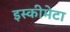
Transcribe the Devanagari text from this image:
इस्कीमेटा